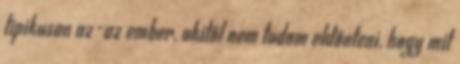
tipikusan az-az ember, akitől nem tudom eldönteni, hogy mit